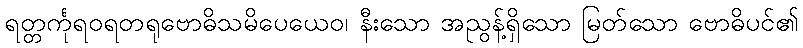
ရတ္တင်္ကုရဝရတရုဗောဓိသမိပေယေဝ၊ နီးသော အညွန့်ရှိသော မြတ်သော ဗောဓိပင်၏